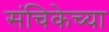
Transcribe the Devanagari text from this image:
संचिकेच्या